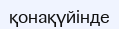
қонақүйінде